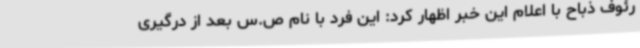
رئوف ذباح با اعلام این خبر اظهار کرد: این فرد با نام ص.س بعد از درگیری